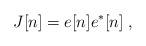
LaTeX: \begin{align*}J[n]=e[n]e^*[n]\;,\end{align*}